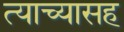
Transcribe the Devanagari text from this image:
त्याच्यासह